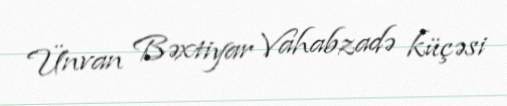
Ünvan Bəxtiyar Vahabzadə küçəsi